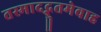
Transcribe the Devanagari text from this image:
तस्मादद्भुतमेवाह